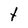
Character: t